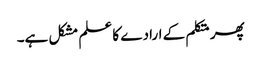
پھر متکلم کے ارادے کا علم مشکل ہے۔